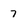
Character: 7